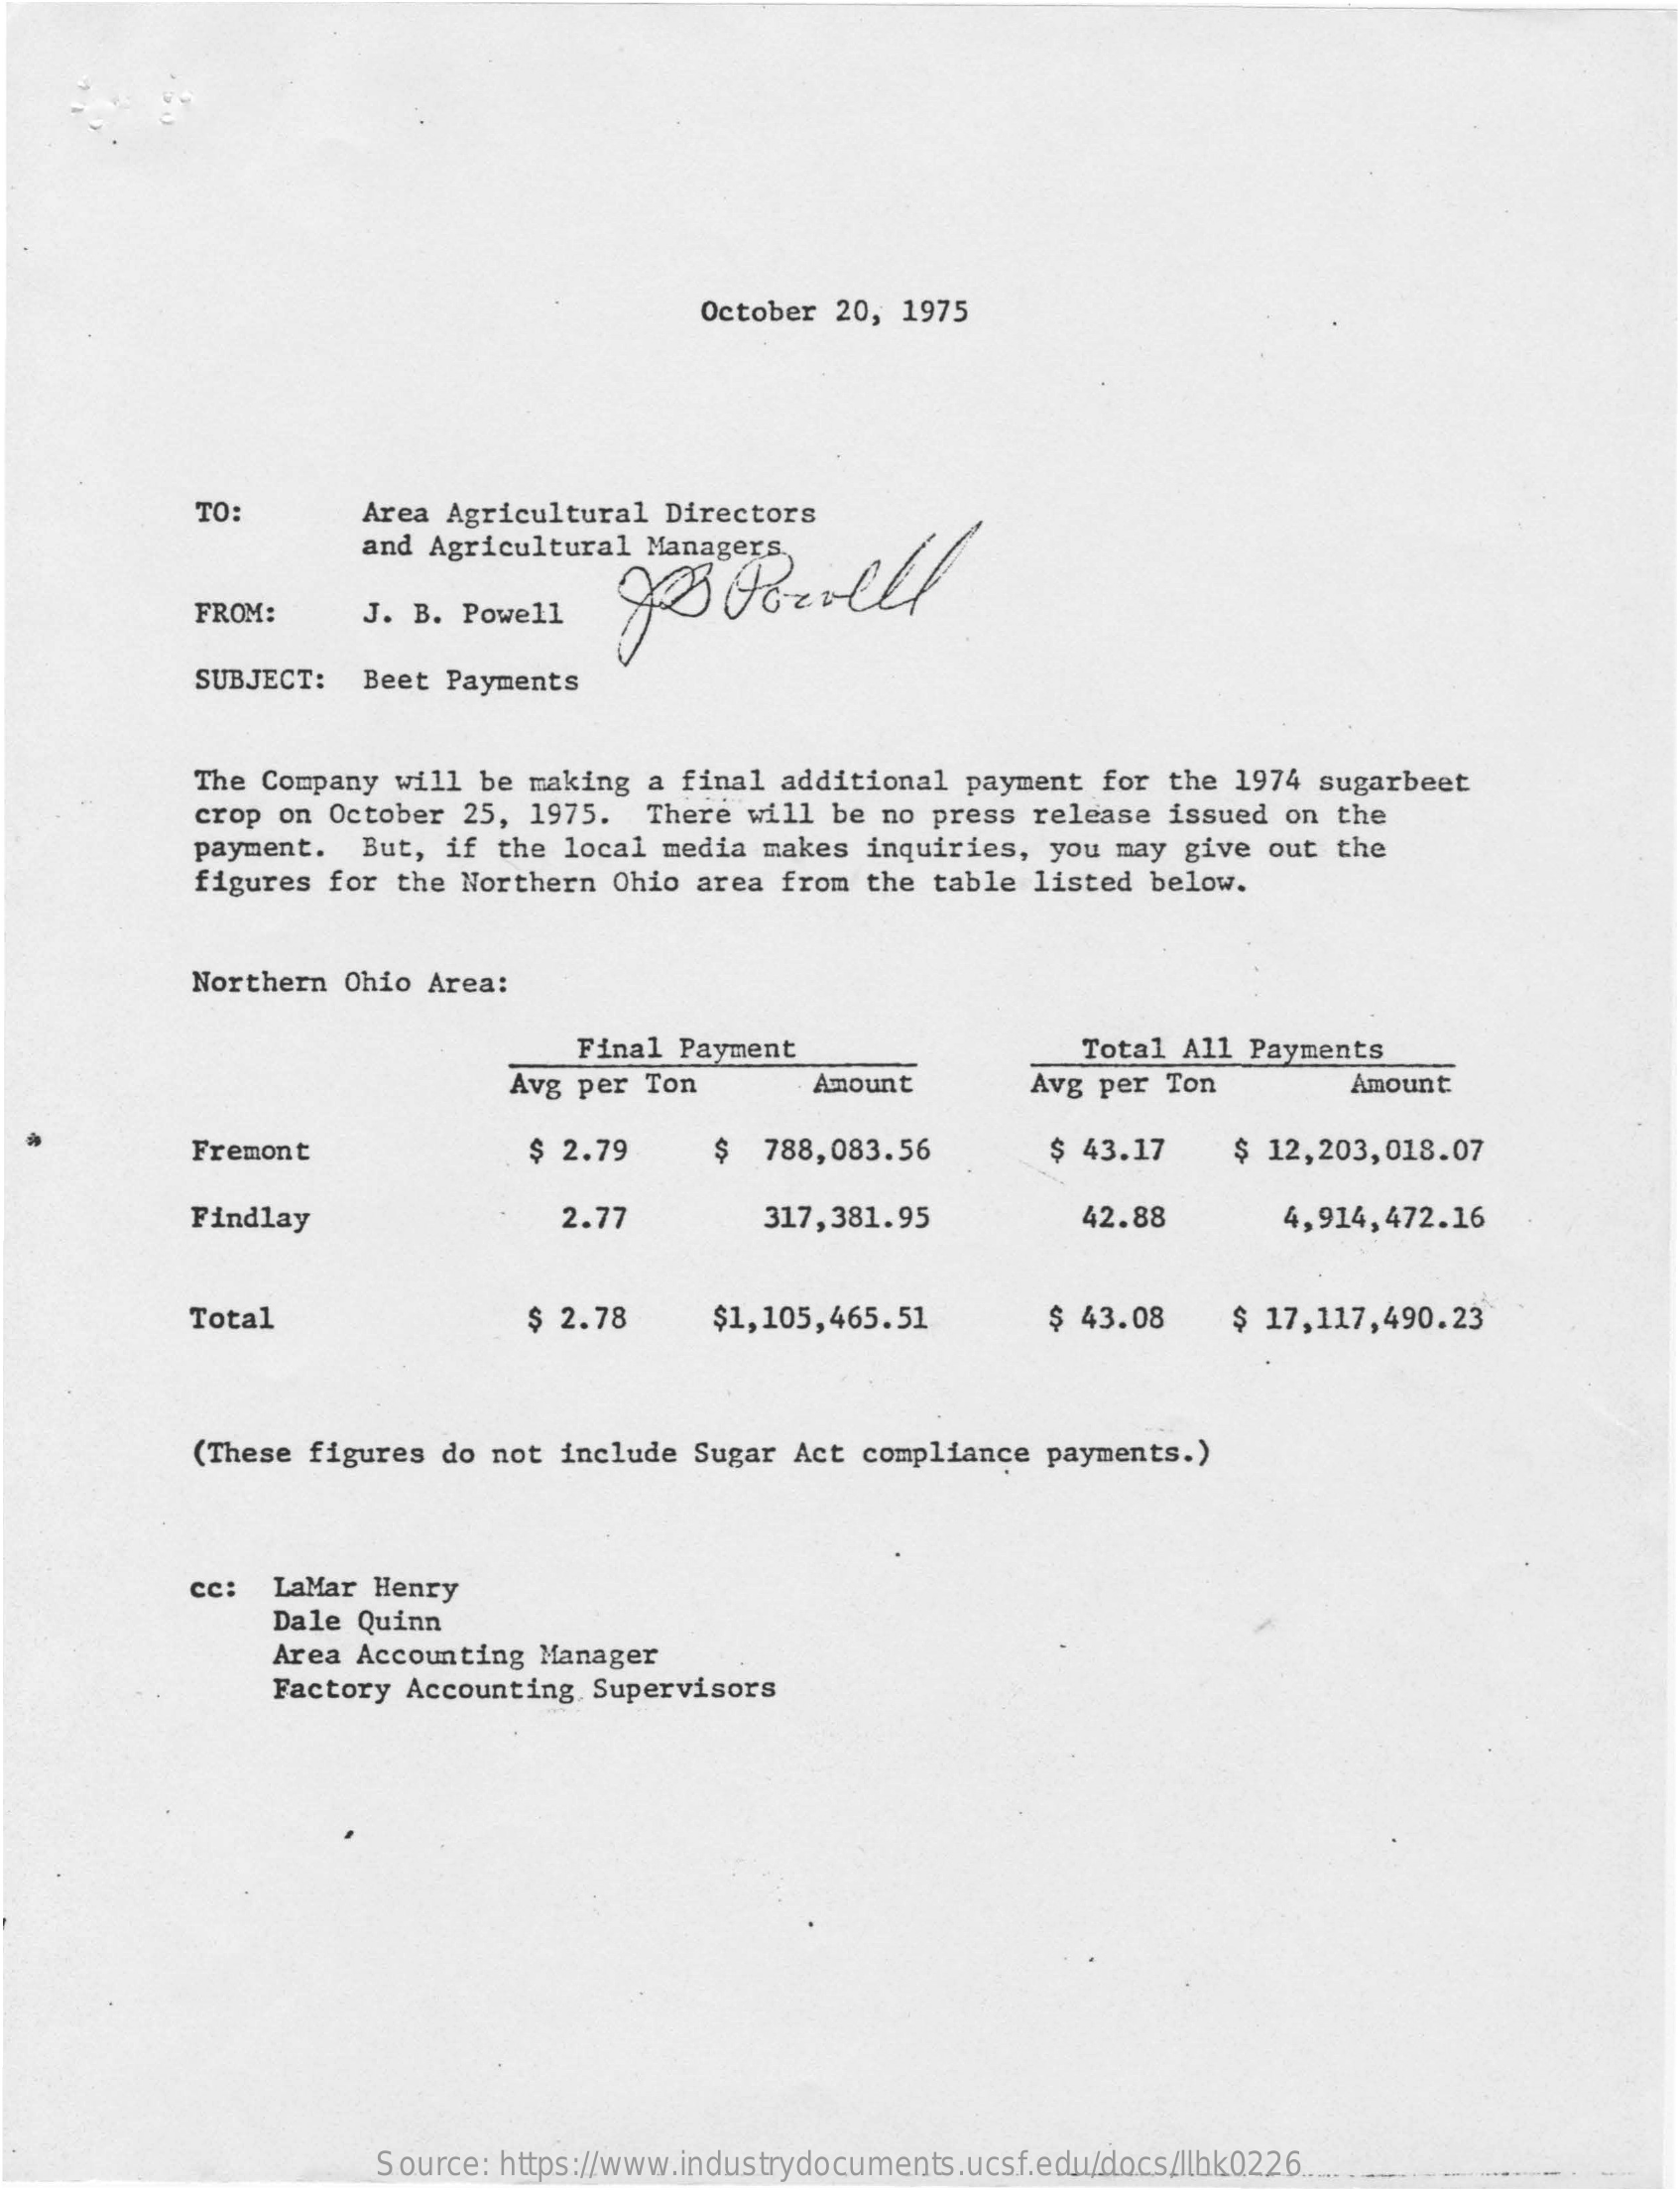
October 20, 1975
     TO:    Area Agricultural Directors
     and Agricultural Managers.
     FROM:   J. B. Powell
     SUBJECT: Beet Payments
     The Company will be making a final additional payment for the 1974 sugarbeet
     crop on October 25, 1975. There will be no press release issued on the
     payment. But, if the local media makes inquiries, you may give out the
     figures for the Northern Ohio area from the table listed below.
     Northern Ohio Area:
     Final Payment    Total All Payments
     Avg per Ton    Amount    Avg per Ton    Amount
     Fremont    $ 2.79   $  788,083.56    $ 43.17  $ 12,203,018.07
     Findlay    2.77    317,381.95    42.88    4,914,472.16
     Total    $ 2.78   $1,105,465.51    $ 43.08  $ 17,117,490.23
     (These figures do not include Sugar Act compliance payments.)
     cc: LaMar Henry
     Dale Quinn
     Area Accounting Manager
     Factory Accounting Supervisors
     Source: https://www.industrydocuments.ucsf.edu/docs/llhk0226